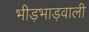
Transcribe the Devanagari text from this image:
भीड़भाड़वाली